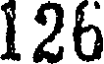
126